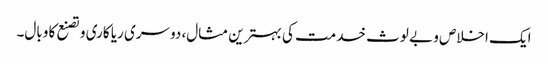
ایک اخلاص و بے لوث خدمت کی بہترین مثال، دوسری ریا کاری و تصنع کا وبال۔